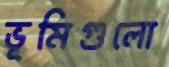
ভূমিগুলো